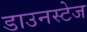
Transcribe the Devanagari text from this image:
डाउनस्टेज